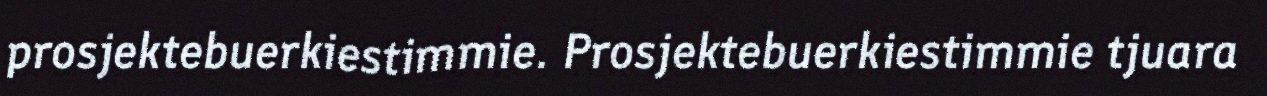
prosjektebuerkiestimmie. Prosjektebuerkiestimmie tjuara